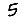
Digit: 5